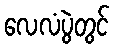
လေလံပွဲတွင်